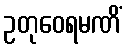
ဥတုဝေရမဏိံ